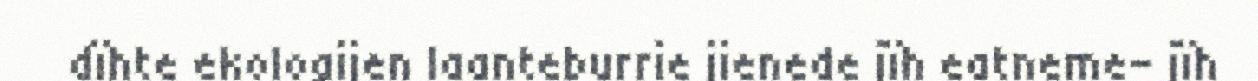
dïhte ekologijen laanteburrie jienede jïh eatneme- jïh